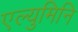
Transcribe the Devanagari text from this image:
एल्युमिनि